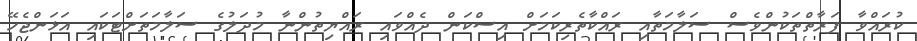
ކުރައްވާ ފަރާތްތަކުންވެސް ސަލާމަތާއި ރައްކާތެރިކަމަށް އިސްކަން ދެއްވައި ރައްޔިތުންނާ މުދަލުގެ ސަލާމަތަށްޓަކައި އަޅަންޖެހޭ